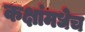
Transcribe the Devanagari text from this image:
कक्षांमधेच